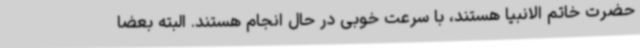
حضرت خاتم الانبیا هستند، با سرعت خوبی در حال انجام هستند. البته بعضا